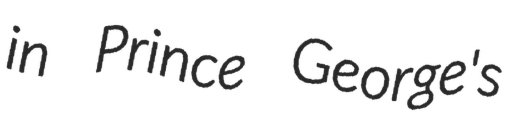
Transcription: in Prince George's